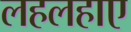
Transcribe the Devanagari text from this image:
लहलहाए